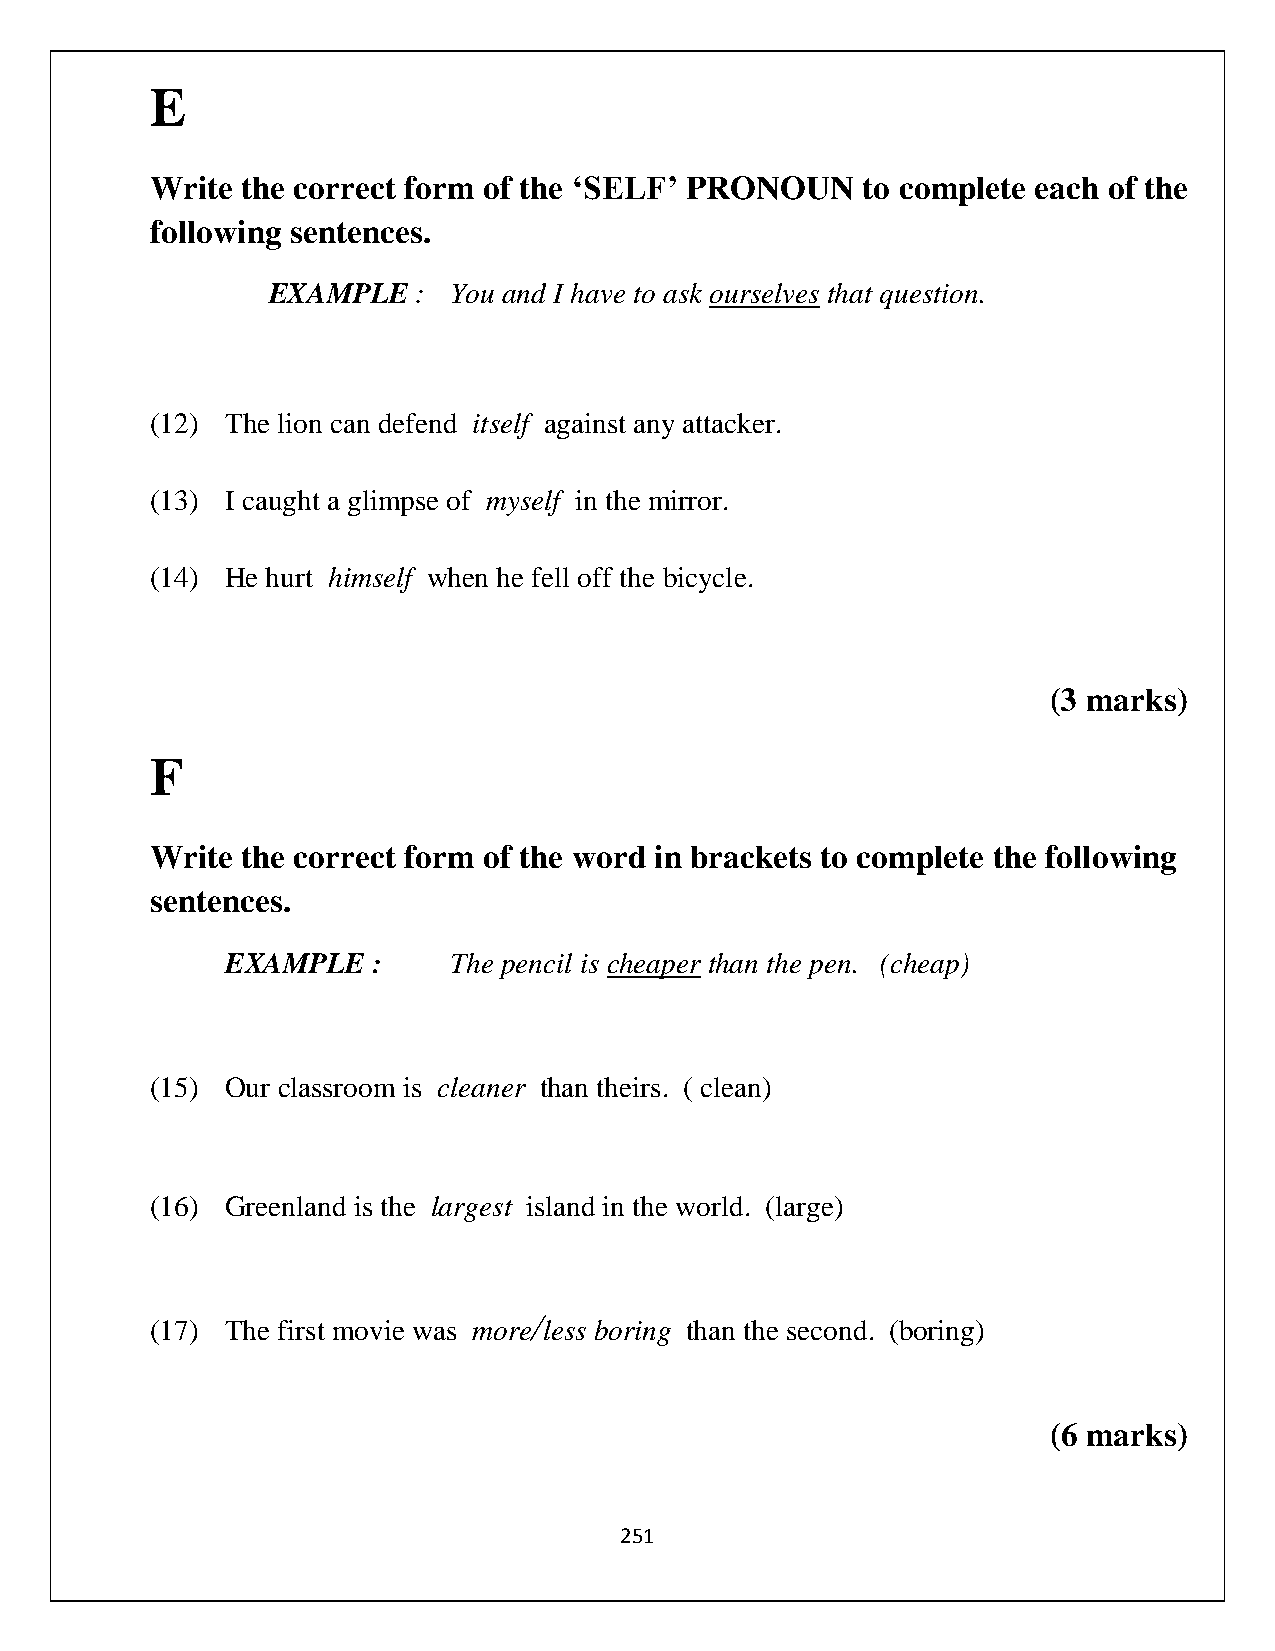
E
 Write the correct form of the ‘SELF’ PRONOUN   to complete each of the
 following sentences.
 EXAMPLE  :  You and I have to ask ourselves that question.
 (12) The lion can defend itself against any attacker.
 (13) I caught a glimpse of myself in the mirror.
 (14) He hurt himself when he fell off the bicycle.
 (3 marks)
 F
 Write the correct form of the word in brackets to complete the following
 sentences.
 EXAMPLE   :    The pencil is cheaper than the pen. (cheap)
 (15) Our classroom is cleaner than theirs. ( clean)
 (16) Greenland is the largest island in the world. (large)
 (17) The first movie was
 more/
 less boring than the second. (boring)
 (6 marks)
 251